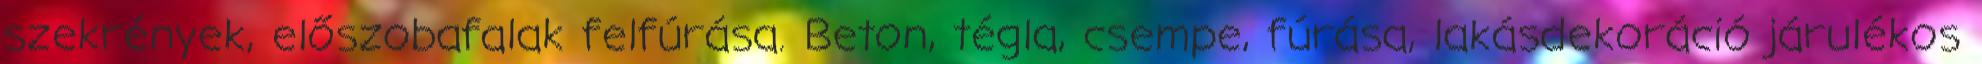
szekrények, előszobafalak felfúrása. Beton, tégla, csempe, fúrása, lakásdekoráció járulékos